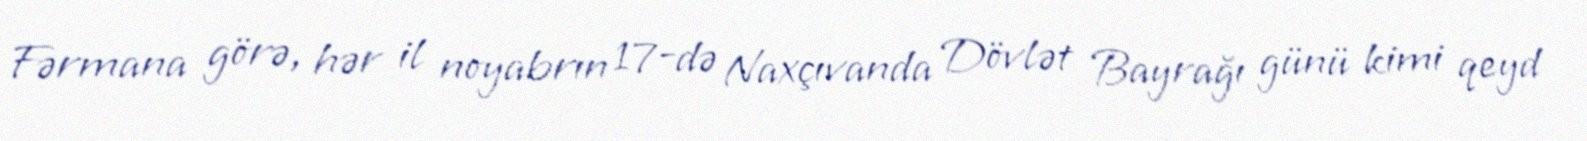
Fərmana görə, hər il noyabrın 17-də Naxçıvanda Dövlət Bayrağı günü kimi qeyd